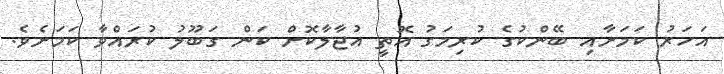
އަހަރު ކަމަށާއި ބޭންކުގެ ކުރިމަގު އޮތީ އުޖާލާކޮށް ކަން ގަބޫލު ކުރައްވާ ކަމަށެވެ.